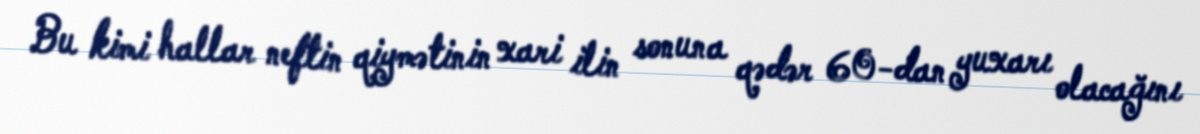
Bu kimi hallar neftin qiymətinin xari ilin sonuna qədər 60-dan yuxarı olacağını